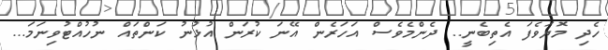
ހެދި މޮޔަވެފަ އެތިބެނީ.. ދެންމެވެސް އަހަރެން އޭނަ ކުރަން އުޅުނު ކަންތައް ނުހުއްޓުވިނަމަ...